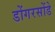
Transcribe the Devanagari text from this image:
डोंगरसोंडे